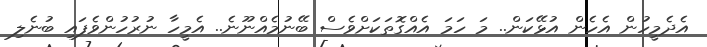
އެދެމީހުން އެހެން އުޅޭކަން.. މަ ހަމަ އެއްގޮތަކަށްވެސް ބޭނުމެއްނޫނެ.. އެމީހާ ނުރުހުންވެފައި ބުނެލި